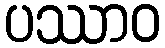
ပဿာဝ